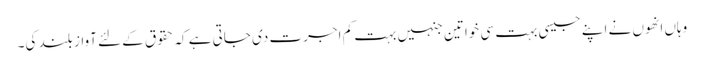
وہاں انھوں نے اپنے جیسی بہت سی خواتین جنہیں بہت کم اجرت دی جاتی ہے کہ حقوق کے لئے آواز بلند کی۔